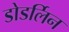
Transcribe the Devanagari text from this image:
डोडर्लिन